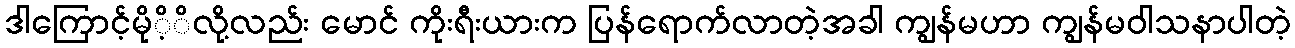
ဒါကြောင့်မိုိ့ိလို့လည်း မောင် ကိုးရီးယားက ပြန်ရောက်လာတဲ့အခါ ကျွန်မဟာ ကျွန်မဝါသနာပါတဲ့